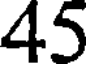
45